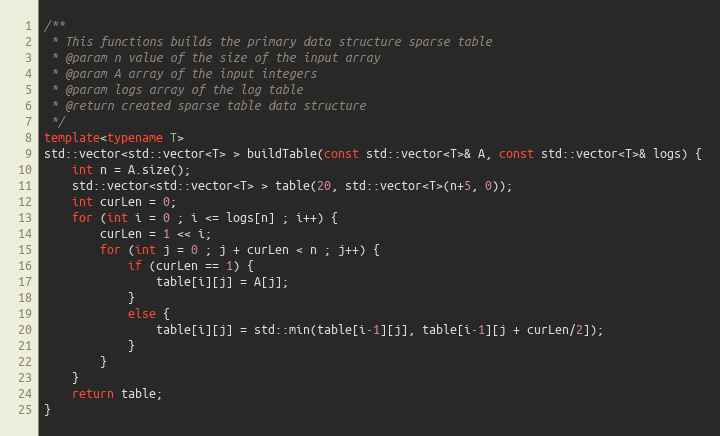
Language: C++
/**
 * This functions builds the primary data structure sparse table
 * @param n value of the size of the input array
 * @param A array of the input integers
 * @param logs array of the log table
 * @return created sparse table data structure
 */
template<typename T>
std::vector<std::vector<T> > buildTable(const std::vector<T>& A, const std::vector<T>& logs) {
    int n = A.size();
    std::vector<std::vector<T> > table(20, std::vector<T>(n+5, 0));
    int curLen = 0;
    for (int i = 0 ; i <= logs[n] ; i++) {
        curLen = 1 << i;
        for (int j = 0 ; j + curLen < n ; j++) {
            if (curLen == 1) {
                table[i][j] = A[j];
            }
            else {
                table[i][j] = std::min(table[i-1][j], table[i-1][j + curLen/2]);
            }
        }
    }
    return table;
}